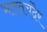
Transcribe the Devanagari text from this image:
भारतचंद्रेर